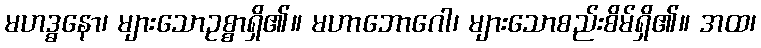
မဟဒ္ဓနော၊ များသောဥစ္စာရှိ၏။ မဟာဘောဂေါ၊ များသောစည်းစိမ်ရှိ၏။ အထ၊